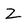
Character: Z